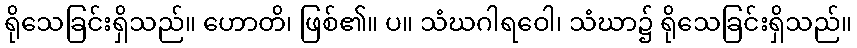
ရိုသေခြင်းရှိသည်။ ဟောတိ၊ ဖြစ်၏။ ပ။ သံဃဂါရဝေါ၊ သံဃာ၌ ရိုသေခြင်းရှိသည်။